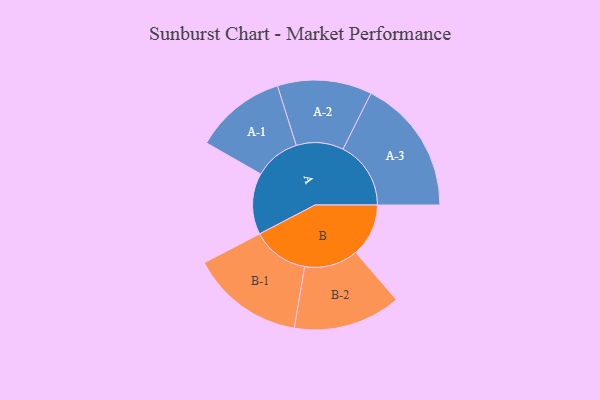
{"axis": {"x": "Segment", "y": "Value"}, "legend": ["", "A", "B"], "data": [{"x": "A", "y": 208, "type": ""}, {"x": "B", "y": 179, "type": ""}, {"x": "A-1", "y": 155, "type": "A"}, {"x": "A-2", "y": 160, "type": "A"}, {"x": "A-3", "y": 230, "type": "A"}, {"x": "B-1", "y": 192, "type": "B"}, {"x": "B-2", "y": 182, "type": "B"}]}